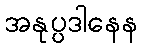
အနုပ္ပဒါနေန